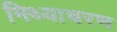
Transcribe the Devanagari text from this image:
मिथ्याचरण